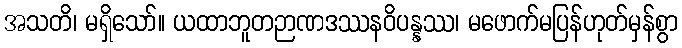
အသတိ၊ မရှိသော်။ ယထာဘူတဉာဏဒဿနဝိပန္နဿ၊ မဖောက်မပြန်ဟုတ်မှန်စွာ